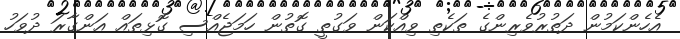
އެހެންކަމުން ދަތުރުވެރިންގެ ތަކެތި ވިއްކަން ވަގުތީ ގޮތުން ހަމަޖެއްސި ގޮޅިތައް އަންގާރަ ދުވަހު